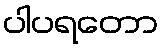
ပါပရတော